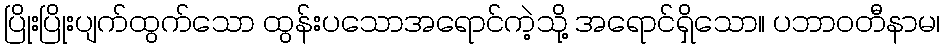
ပြိုးပြိုးပျက်ထွက်သော ထွန်းပသောအရောင်ကဲ့သို့ အရောင်ရှိသော။ ပဘာဝတီနာမ၊